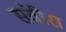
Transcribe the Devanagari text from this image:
संवीरा